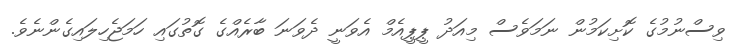
ވިސްނުމުގެ ކޮށިކަމުން ނަމަވެސް މިއަދު ޕީޕީއެމް އެވަނީ ދެވަނަ ބާރެއްގެ ގޮތުގައި ހަމަޖެހިލައިގެންނެވެ.